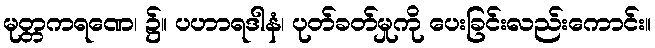
မုတ္တကရဏေ၊ ၌။ ပဟာရဒါနံ၊ ပုတ်ခတ်မှုကို ပေးခြင်းလည်းကောင်း။